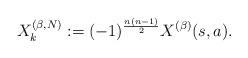
LaTeX: \begin{align*}X_k^{(\beta,N)} := (-1)^{\frac{n(n-1)}{2}}X^{(\beta)}(s,a).\end{align*}